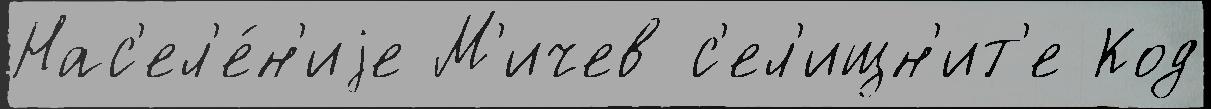
Нас'ел'е́н'иjе М'ичев с'ел'ищн'ит'е Код